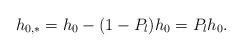
LaTeX: \begin{align*} h_{0,*}= h_0- (1-P_l)h_0= P_l h_0. \end{align*}